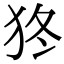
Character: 㹣